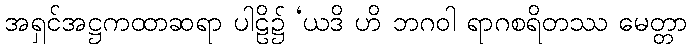
အရှင်အဋ္ဌကထာဆရာ ပါဠိ၌ ‘ယဒိ ဟိ ဘဂဝါ ရာဂစရိတဿ မေတ္တာ